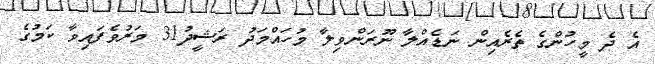
އެ ދެ މީހުންގެ ތެރެއިން ނަޑެއްލާ ނޫރަންވިލާ މުހައްމަދު ރަޝީދު31 މަރުވެފައިވާ ކަމުގެ